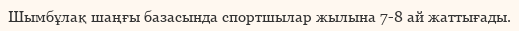
Шымбұлақ шаңғы базасында спортшылар жылына 7-8 ай жаттығады.